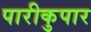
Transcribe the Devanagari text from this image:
पारीकुपार